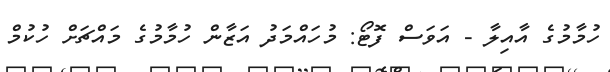
ހުމާމުގެ އާއިލާ - އަވަސް ފޮޓޯ: މުހައްމަދު އަޒާން ހުމާމުގެ މައްޗަށް ހުކުމް